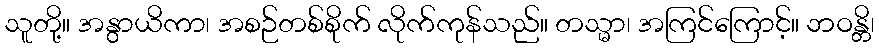
သူတို့။ အနွာယိကာ၊ အစဉ်တစ်စိုက် လိုက်ကုန်သည်။ တသ္မာ၊ အကြင်ကြောင့်။ ဘဝန္တိ၊